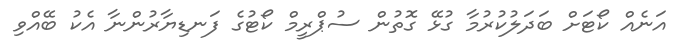
އަނެއް ކޯޓަށް ބަދަލުކުރުމާ ގުޅޭ ގޮތުން ސުޕްރީމް ކޯޓުގެ ފަނޑިޔާރުންނާ އެކު ބޭއްވި